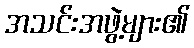
အသင်းအဖွဲ့များ၏